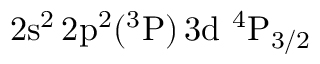
\mathrm { 2 s ^ { 2 } \, 2 p ^ { 2 } ( ^ { 3 } P ) \, 3 d ~ ^ { 4 } P _ { 3 / 2 } }